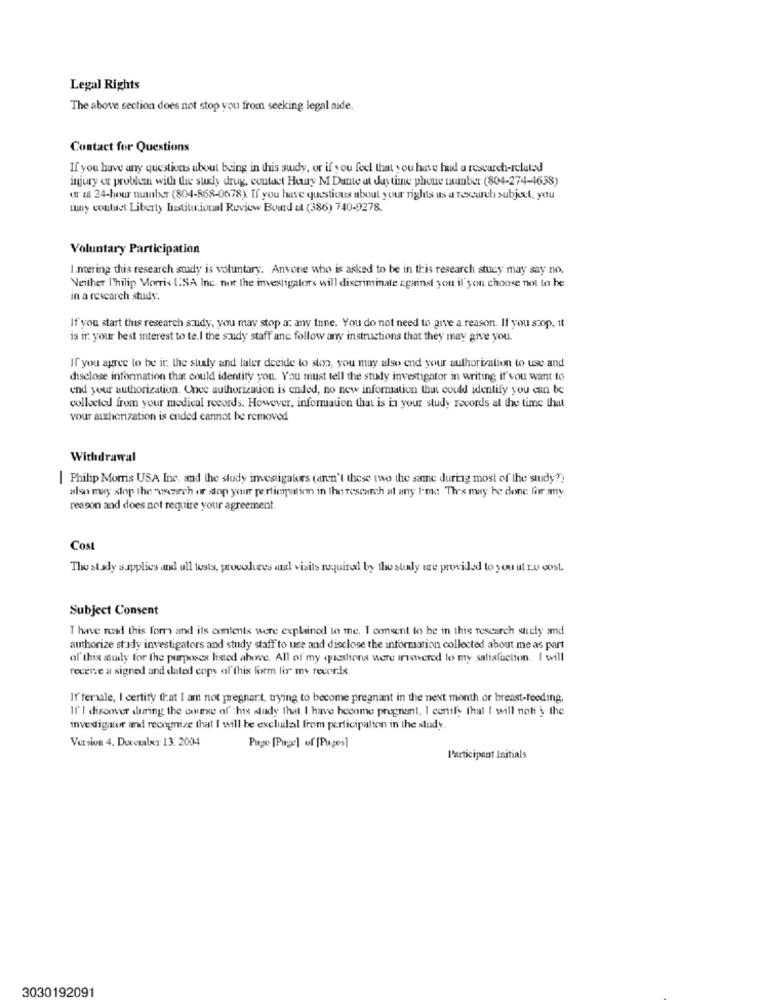
Legal Rights
The above section does not stop you from seeking legal aide.
Contact for Questions
If you have any questions about being in this sudy, or if you feel that you have had a research-related
injury or problem with the study drug, contact Heury M Dante ut daytime phone number (804-274-4658)
ur ut 24-hour number (804-868-0678). If you have questions about your rights as a research subject, you
my contact Liberty Institutional Review Buurd ut (386) 740-9278.
Voluntary Participation
I.næring this research stady is voluntary. Anyone who is asked to be in this research stucy may say no.
Neither I'hilip Morris USA Inc. nor the investigators will discriminate against you il you choose not to be
in a rescarch study.
If you start this research a udy, you may stop a: any tune. You do not need to give a reason. If you szop. it
is ir your best interest to te.I the study staff ane follow any instructions that they may give you.
If you agree to be ir. the study and later deeide to ston, you may also end your authorization to use and
disclose information that could identity you. You must tell the study investigator in writing if you want to
end your authorization. Once authorization is ended, no new information that could identify you can be
collected from your medical records. However, information that is in your study records at the time that
your authorization is ended cannot be removed
Withdrawal
| Philip Morris USA Inc. and the study investigators (aren't these two the same during most of the study?)
also may slop the research or adop your participation in the research al any I-me Thes may be done for any
reason and does not require your agreement.
Cost
The stady supplies and ull tests, procedures and visits mquinal by tho staly te provided to you ut no cost.
Subject Consent
T have read this for and its contents were explained to me. I consent to be in this research surly and
authorize stady investigators and study staff to use and disclose the information collected about me as part
of this study for the purposes listed above. All of my questions were answered to my saliafiction. I will
receive a signed and cuted copy of this form for my records.
If'female, I certify that I am not pregnant, trying to become pregnant in the next month or breast-feeding.
Il'I discover during the course of this study that I have become pregnant, I certify thal I will not y the
investigator and recognize that I will be excludal from participation in the study,
Version 4. Ducouler 13. 2004
Page [Page] of [Pages]
Participant Initials
3030192091